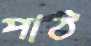
পাঠ